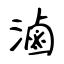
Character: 滷